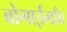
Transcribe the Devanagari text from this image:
बोगाईगाँव